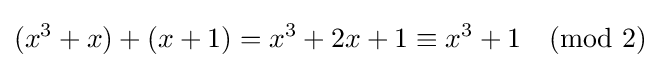
(x^{3}+x)+(x+1)=x^{3}+2x+1\equiv x^{3}+1{\pmod {2}}